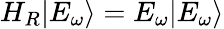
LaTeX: H_{R}|{E_{\omega}}\rangle={E_{{\omega}}}|{E_{{\omega}}}\rangle